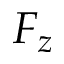
F _ { z }